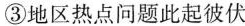
③地区热点问题此起彼伏